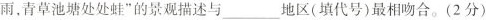
雨，青草池塘处处蛙”的景观描述与___地区(填代号)最相吻合。(2分)